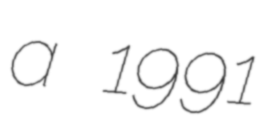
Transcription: a 1991